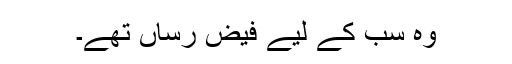
وہ سب کے لیے فیض رساں تھے۔